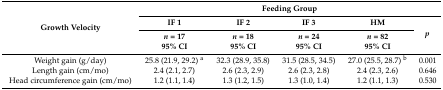
| <ROWSPAN=3> Growth Velocity | <COLSPAN=5> Feeding Group |
 | IF 1 | IF 2 | IF 3 | HM | <ROWSPAN=2> p |
 | n = 1795% CI | n = 1895% CI | n = 2495% CI | n = 8295% CI |
 | --- | --- | --- | --- | --- | --- |
 | Weight gain (g/day) | 25.8 (21.9, 29.2) a | 32.3 (28.9, 35.8) | 31.5 (28.5, 34.5) | 27.0 (25.5, 28.7) b | 0.001 |
 | Length gain (cm/mo) | 2.4 (2.1, 2.7) | 2.6 (2.3, 2.9) | 2.6 (2.3, 2.8) | 2.4 (2.3, 2.6) | 0.646 |
 | Head circumference gain (cm/mo) | 1.2 (1.1, 1.4) | 1.3 (1.2, 1.5) | 1.3 (1.0, 1.4) | 1.2 (1.1, 1.3) | 0.530 |